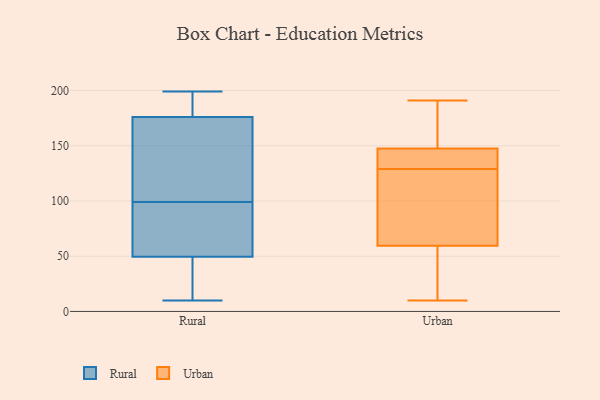
{"axis": {"x": "Shipments", "y": "Value"}, "legend": ["Rural", "Urban"], "data": [{"x": "", "y": 52, "type": "Rural"}, {"x": "", "y": 83, "type": "Rural"}, {"x": "", "y": 121, "type": "Rural"}, {"x": "", "y": 47, "type": "Rural"}, {"x": "", "y": 181, "type": "Rural"}, {"x": "", "y": 25, "type": "Rural"}, {"x": "", "y": 62, "type": "Rural"}, {"x": "", "y": 197, "type": "Rural"}, {"x": "", "y": 88, "type": "Rural"}, {"x": "", "y": 45, "type": "Rural"}, {"x": "", "y": 196, "type": "Rural"}, {"x": "", "y": 110, "type": "Rural"}, {"x": "", "y": 10, "type": "Rural"}, {"x": "", "y": 126, "type": "Rural"}, {"x": "", "y": 71, "type": "Rural"}, {"x": "", "y": 198, "type": "Rural"}, {"x": "", "y": 117, "type": "Rural"}, {"x": "", "y": 171, "type": "Rural"}, {"x": "", "y": 12, "type": "Rural"}, {"x": "", "y": 199, "type": "Rural"}, {"x": "", "y": 191, "type": "Urban"}, {"x": "", "y": 34, "type": "Urban"}, {"x": "", "y": 111, "type": "Urban"}, {"x": "", "y": 139, "type": "Urban"}, {"x": "", "y": 123, "type": "Urban"}, {"x": "", "y": 10, "type": "Urban"}, {"x": "", "y": 49, "type": "Urban"}, {"x": "", "y": 147, "type": "Urban"}, {"x": "", "y": 161, "type": "Urban"}, {"x": "", "y": 148, "type": "Urban"}, {"x": "", "y": 70, "type": "Urban"}, {"x": "", "y": 135, "type": "Urban"}]}